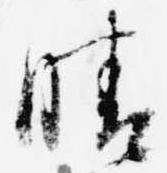
晴